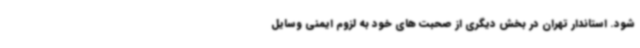
شود. استاندار تهران در بخش دیگری از صحبت های خود به لزوم ایمنی وسایل